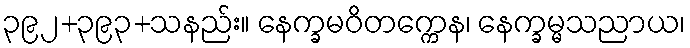
၃၉၂+၃၉၃+သနည်း။ နေက္ခမဝိတက္ကေန၊ နေက္ခမ္မသညာယ၊